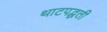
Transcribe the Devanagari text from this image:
थाटपद्धती